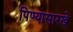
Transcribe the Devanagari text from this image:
पिण्यासारखे